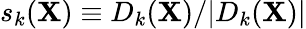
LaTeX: s_{k}({\mathbf X})\equiv D_{k}({\mathbf X})/|D_{k}({\mathbf X})|